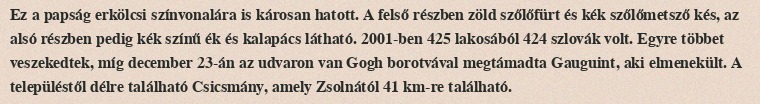
Ez a papság erkölcsi színvonalára is károsan hatott. A felső részben zöld szőlőfürt és kék szőlőmetsző kés, az alsó részben pedig kék színű ék és kalapács látható. 2001-ben 425 lakosából 424 szlovák volt. Egyre többet veszekedtek, míg december 23-án az udvaron van Gogh borotvával megtámadta Gauguint, aki elmenekült. A településtől délre található Csicsmány, amely Zsolnától 41 km-re található.